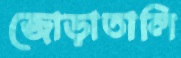
জোড়াতালি